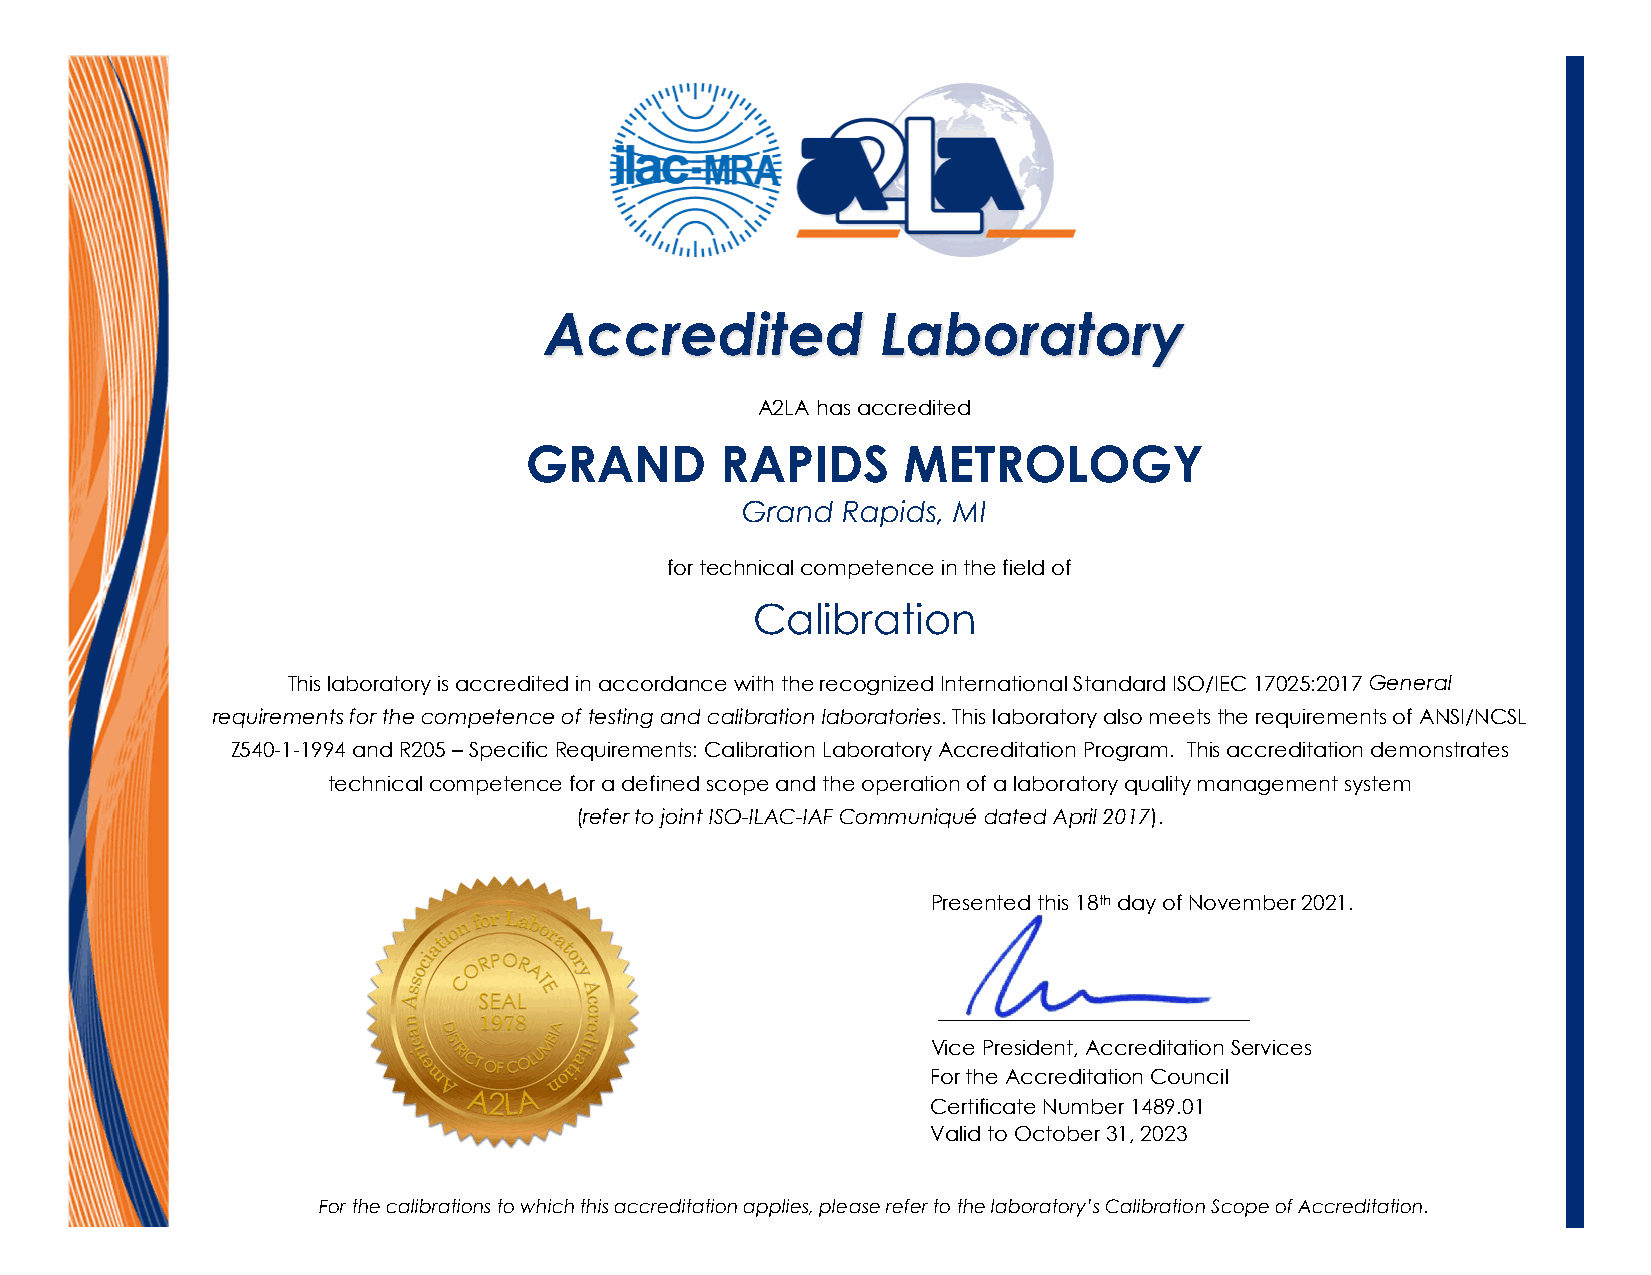
Accredited            Laboratory
 A2LA has accredited
 GRAND        RAPIDS      METROLOGY
 Grand  Rapids, MI
 for technical competence in the field of
 Calibration
 This laboratory is accredited in accordance with the recognized International Standard ISO/IEC 17025:2017 General
 requirements for the competence of testing and calibration laboratories. This laboratory also meets the requirements of ANSI/NCSL
 Z540-1-1994 and R205 – Specific Requirements: Calibration Laboratory Accreditation Program. This accreditation demonstrates
 technical competence for a defined scope and the operation of a laboratory quality management system
 (refer to joint ISO-ILAC-IAF Communiqué dated April 2017).
 Presented this 18th day of November 2021.
 _______________________
 Vice President, Accreditation Services
 For the Accreditation Council
 Certificate Number 1489.01
 Valid to October 31, 2023
 For the calibrations to which this accreditation applies, please refer to the laboratory’s Calibration Scope of Accreditation.